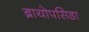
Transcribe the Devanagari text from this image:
ब्रायोपसिडा